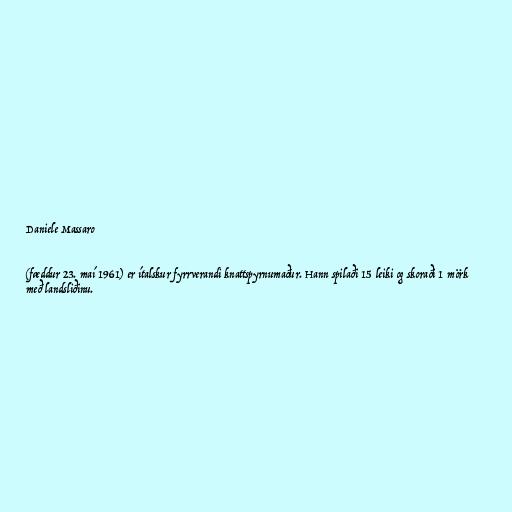
Daniele Massaro

(fæddur 23. maí 1961) er ítalskur fyrrverandi knattspyrnumaður. Hann spilaði 15 leiki og skoraði 1 mörk
með landsliðinu.